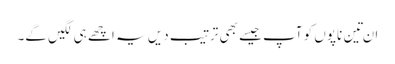
ان تِین ناپوں کو آپ جیسے بھی ترتیب دیں یہ اچھے ہی لگیں گے۔